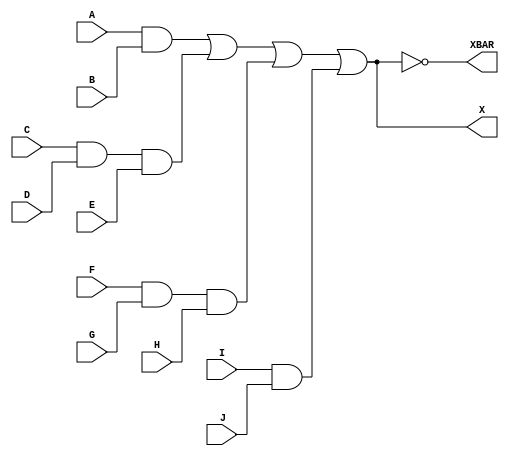
module EXP_GATE_3(input A,input B,input C,input D,input E , input F , input G , input H , input I , input J , output X , output XBAR);
wire a_w;
wire b_w;
wire c_w;
wire d_w;
assign a_w = A & B;
assign b_w = C & D & E;
assign c_w = F & G & H;
assign d_w = I & J;
assign X = a_w | b_w | c_w | d_w;
assign XBAR = ~X;
endmodule